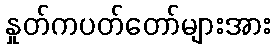
နှုတ်ကပတ်တော်များအား